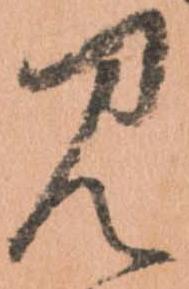
見